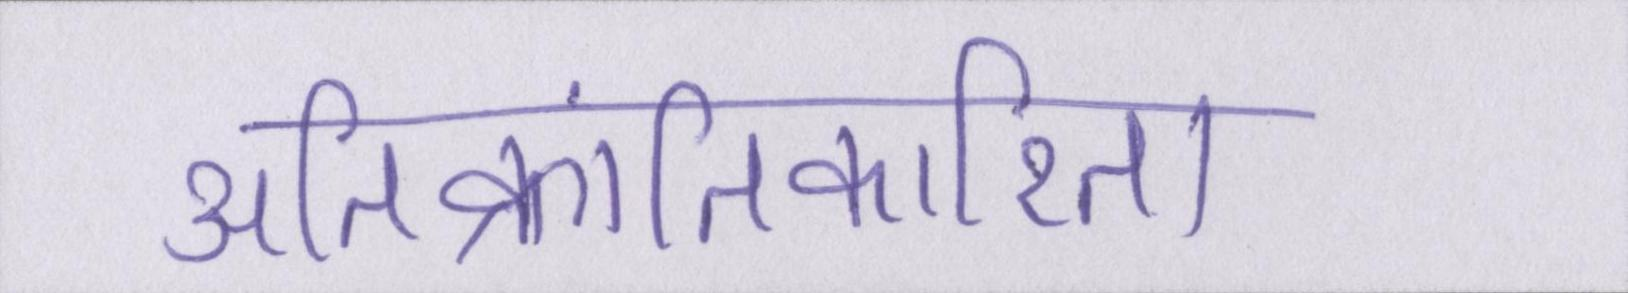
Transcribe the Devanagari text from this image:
अतिक्रांतिकारिता